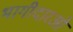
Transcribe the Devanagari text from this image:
भागीदारओं